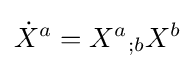
{\dot {X}}^{a}={X^{a}}_{;b}X^{b}